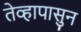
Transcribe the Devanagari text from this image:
तेव्हापासुन